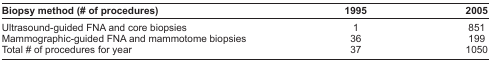
| Biopsy method (# of procedures) | 1995 | 2005 |
 | --- | --- | --- |
 | Ultrasound-guided FNA and core biopsies | 1 | 851 |
 | Mammographic-guided FNA and mammotome biopsies | 36 | 199 |
 | Total # of procedures for year | 37 | 1050 |